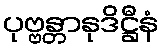
ပုဗ္ဗန္တာနုဒိဋ္ဌီနံ